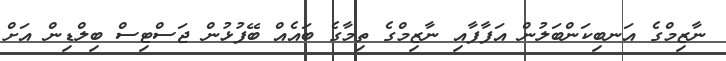
ނާޒިމްގެ އަނބިކަންބަލުން އަފާފާއި ނާޒިމްގެ ތިމާގެ ބައެއް ބޭފުޅުން ޖަސްޓިސް ބިލްޑިން އަށް